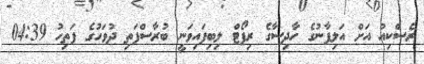
ރެސްކިއު އަށް އަލިފާނުގެ ހާދިސާގެ ރިޕޯޓް ލިބިފައިވަނީ ބުރާސްފަތި ދުވަހުގެ ފަތިހު 04:39